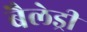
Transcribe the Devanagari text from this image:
बैलेड्री